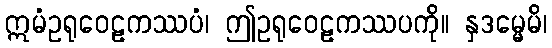
ဣမံဥရုဝေဠကဿပံ၊ ဤဥရုဝေဠကဿပကို။ နှဒမ္မေမိ၊